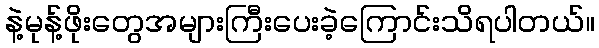
နဲ့မုန့်ဖိုးတွေအများကြီးပေးခဲ့ကြောင်းသိရပါတယ်။